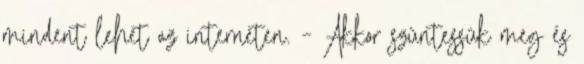
mindent lehet az interneten. – Akkor szüntessük meg és